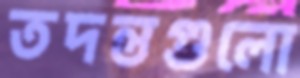
তদন্তগুলো